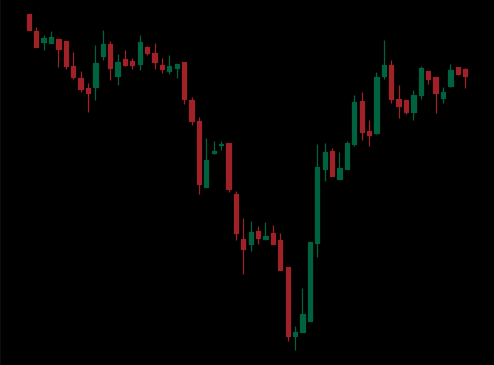
Pattern: inverse_head_shoulders